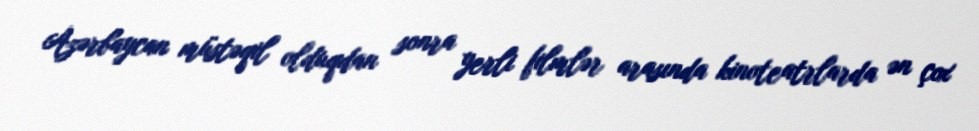
Azərbaycan müstəqil olduqdan sonra yerli filmlər arasında kinoteatrlarda ən çox